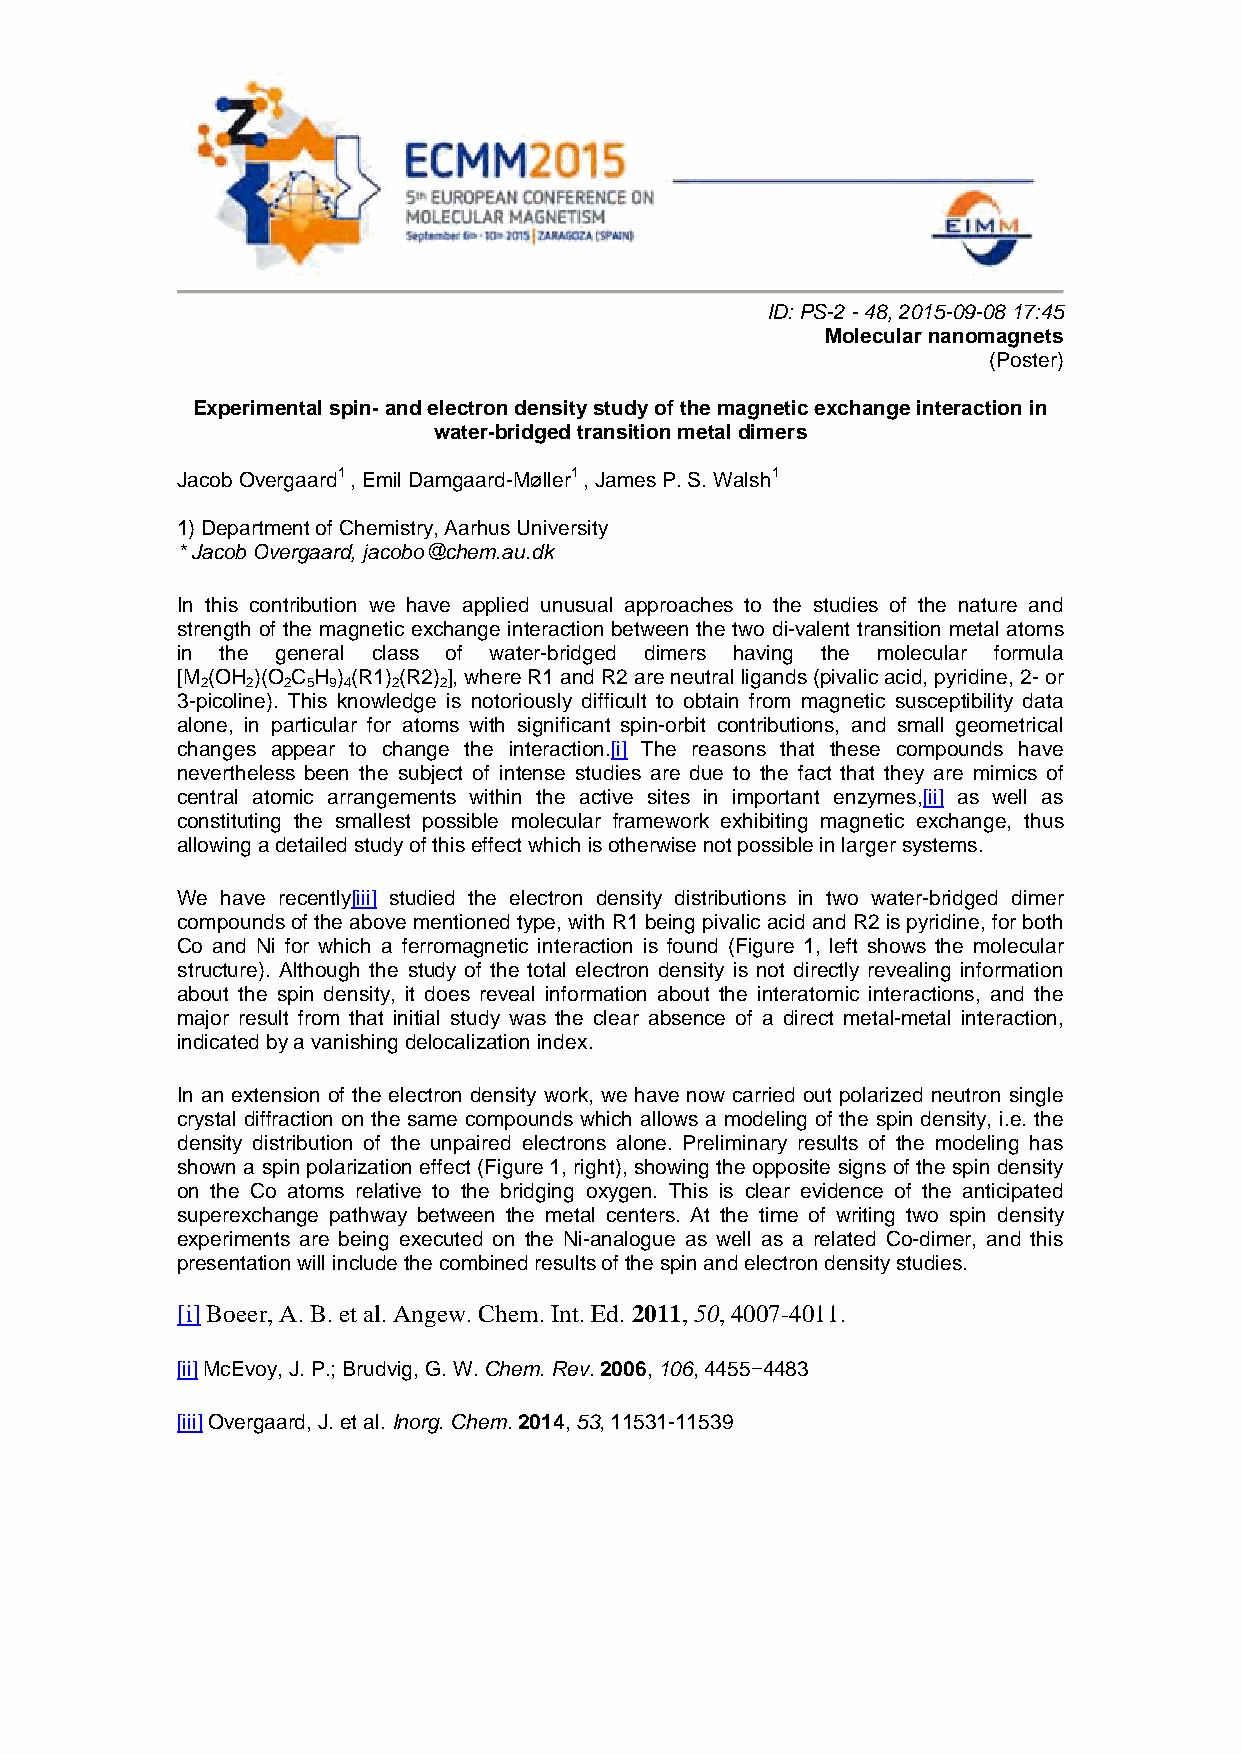
ID: PS-2 - 48, 2015-09-08 17:45
 Molecular nanomagnets
 (Poster)
 Experimental spin- and electron density study of the magnetic exchange interaction in
 water-bridged transition metal dimers
 Jacob Overgaard1 , Emil Damgaard-Møller1 , James P. S. Walsh1
 1) Department of Chemistry, Aarhus University
 * Jacob Overgaard, jacobo@chem.au.dk
 In this contribution we have applied unusual approaches to the studies of the nature and
 strength of the magnetic exchange interaction between the two di-valent transition metal atoms
 in the general class of water-bridged dimers having the molecular formula
 [M (OH )(O C H ) (R1) (R2) ], where R1 and R2 are neutral ligands (pivalic acid, pyridine, 2- or
 2  2  2 5 9 4 2 2
 3-picoline). This knowledge is notoriously difficult to obtain from magnetic susceptibility data
 alone, in particular for atoms with significant spin-orbit contributions, and small geometrical
 changes appear to change the interaction.[i] The reasons that these compounds have
 nevertheless been the subject of intense studies are due to the fact that they are mimics of
 central atomic arrangements within the active sites in important enzymes,[ii] as well as
 constituting the smallest possible molecular framework exhibiting magnetic exchange, thus
 allowing a detailed study of this effect which is otherwise not possible in larger systems.
 We have recently[iii] studied the electron density distributions in two water-bridged dimer
 compounds of the above mentioned type, with R1 being pivalic acid and R2 is pyridine, for both
 Co and Ni for which a ferromagnetic interaction is found (Figure 1, left shows the molecular
 structure). Although the study of the total electron density is not directly revealing information
 about the spin density, it does reveal information about the interatomic interactions, and the
 major result from that initial study was the clear absence of a direct metal-metal interaction,
 indicated by a vanishing delocalization index.
 In an extension of the electron density work, we have now carried out polarized neutron single
 crystal diffraction on the same compounds which allows a modeling of the spin density, i.e. the
 density distribution of the unpaired electrons alone. Preliminary results of the modeling has
 shown a spin polarization effect (Figure 1, right), showing the opposite signs of the spin density
 on the Co atoms relative to the bridging oxygen. This is clear evidence of the anticipated
 superexchange pathway between the metal centers. At the time of writing two spin density
 experiments are being executed on the Ni-analogue as well as a related Co-dimer, and this
 presentation will include the combined results of the spin and electron density studies.
 [i] Boeer, A. B. et al. Angew. Chem. Int. Ed. 2011, 50, 4007-4011.
 [ii] McEvoy, J. P.; Brudvig, G. W. Chem. Rev. 2006, 106, 4455−4483
 [iii] Overgaard, J. et al. Inorg. Chem. 2014, 53, 11531-11539